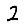
Digit: 2